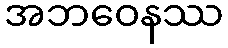
အဘဝေနဿ